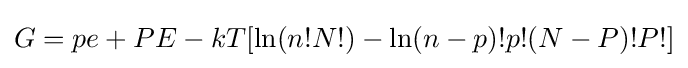
G=pe+PE-kT[\ln(n!N!)-\ln(n-p)!p!(N-P)!P!]